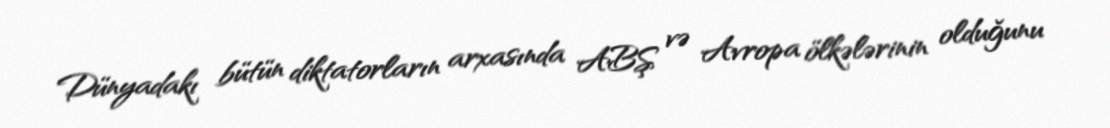
Dünyadakı bütün diktatorların arxasında ABŞ və Avropa ölkələrinin olduğunu